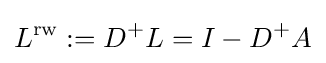
L^{\text{rw}}:=D^{+}L=I-D^{+}A